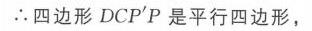
\(\therefore\)四边形\(DCP'P\)是平行四边形，